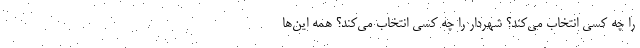
را چه کسی انتخاب می‌کند؟ شهردار را چه کسی انتخاب می‌کند؟ همه این‌ها